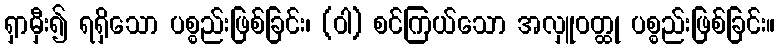
ရှာမှီး၍ ရရှိသော ပစ္စည်းဖြစ်ခြင်း၊ (ဝါ) စင်ကြယ်သော အလှူဝတ္ထု ပစ္စည်းဖြစ်ခြင်း။